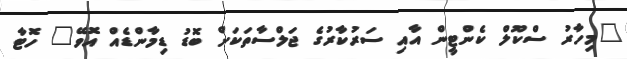
"މިހާރު ސްކޫލް ކެންޓީން އާއި ސަރުކާރުގެ ޖަލްސާތަކަށް ބޮޑު ޑިމާންޑެއް އޮވޭ" ހޮޓާ